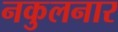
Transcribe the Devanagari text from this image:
नकुलनार